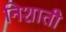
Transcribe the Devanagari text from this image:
निशाती